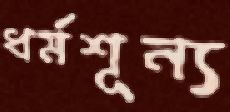
ধর্মশূন্য